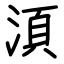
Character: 湏